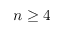
n \geq 4